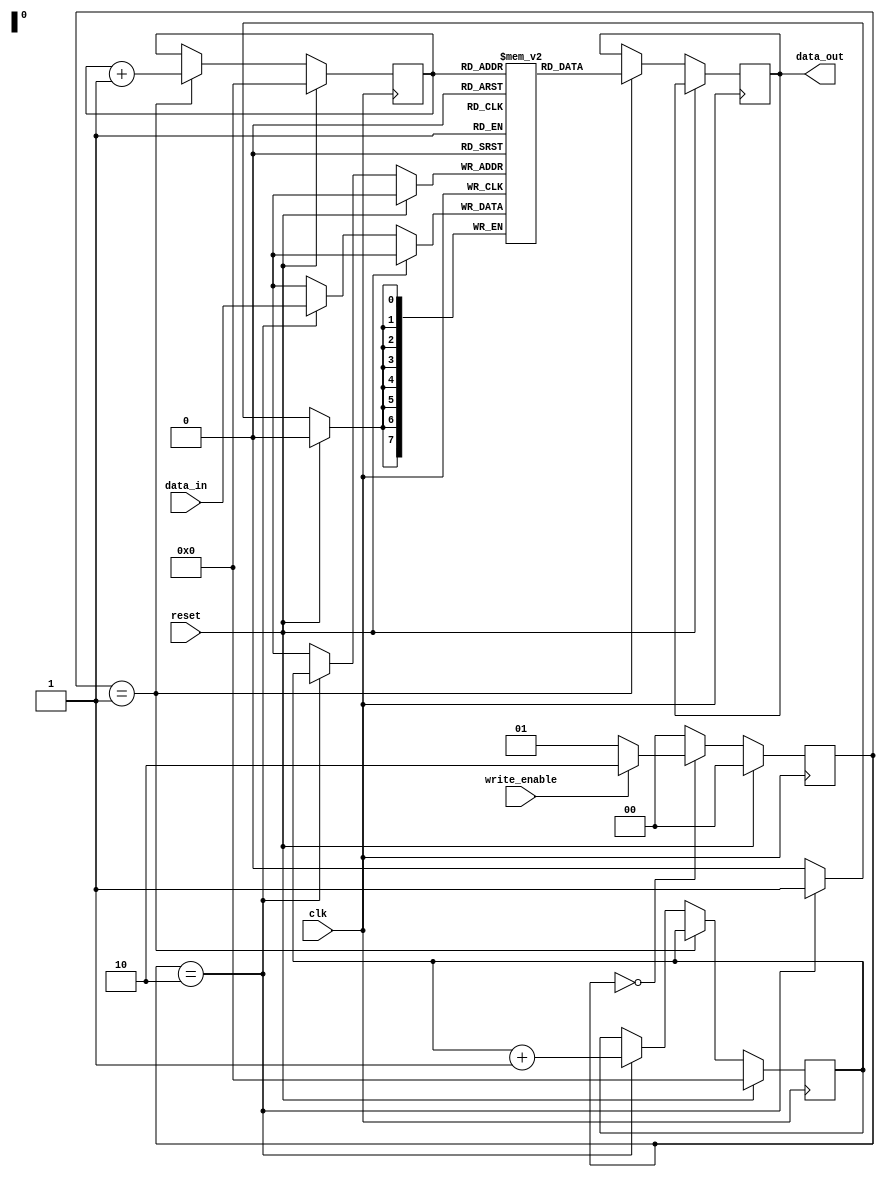
module DDR_SDRAM (
    input wire clk,
    input wire reset,
    input wire write_enable,
    input wire [7:0] data_in,
    output reg [7:0] data_out
);

reg [7:0] mem[0:255]; // 256 memory locations

reg [7:0] read_addr;
reg [7:0] write_addr;
reg [1:0] state;
parameter IDLE = 2'b00, READ = 2'b01, WRITE = 2'b10;

// State machine
always @(posedge clk) begin
    if (reset) begin
        state <= IDLE;
    end else begin
        case(state)
            IDLE: begin
                if (write_enable) begin
                    state <= WRITE;
                end else begin
                    state <= READ;
                end
            end
            READ: begin
                data_out <= mem[read_addr];
                state <= IDLE;
            end
            WRITE: begin
                mem[write_addr] <= data_in;
                state <= IDLE;
            end
            default: state <= IDLE;
        endcase
    end
end

// Addressing logic
always @(posedge clk) begin
    if (reset) begin
        read_addr <= 0;
        write_addr <= 0;
    end else begin
        if (state == READ) begin
            read_addr <= read_addr + 1;
        end else if (state == WRITE) begin
            write_addr <= write_addr + 1;
        end
    end
end

endmodule